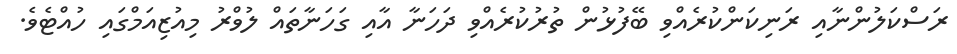
ރަސްކަލުންނާއި ރަނިކަންކުރެއްވި ބޭފުޅުން ތުރުކުރެއްވި ދަހަނާ އާއި ގަހަނާތައް ލުވްރު މިއުޒިއަމްގައި ހުއްޓެވެ.